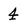
Character: 4